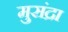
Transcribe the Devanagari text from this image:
मुसंद्रा